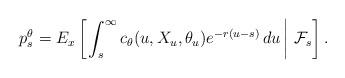
LaTeX: \begin{align*}p_s^{\theta}=E_x\left[ \left. \int_s^{\infty}c_{\theta}(u,X_u,\theta_u)e^{-r(u-s)}\,du\,\right\vert\,\mathcal{F}_{s}\right] . \end{align*}